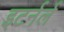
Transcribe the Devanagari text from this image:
इटर्नर्ल